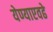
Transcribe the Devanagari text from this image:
येण्याएवढे